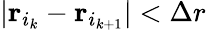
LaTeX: |{\mathbf r}_{i_{k}}-{\mathbf r}_{i_{k+1}}|<\Delta r